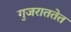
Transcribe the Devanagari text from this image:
गुजराततेत